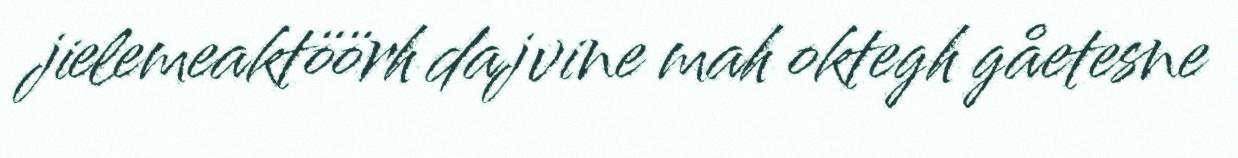
jielemeaktöörh dajvine mah oktegh gåetesne